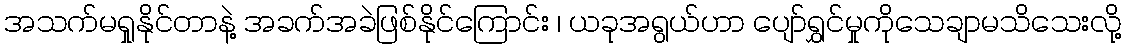
အသက်မရှုနိုင်တာနဲ့ အခက်အခဲဖြစ်နိုင်ကြောင်း ၊ ယခုအရွယ်ဟာ ပျော်ရွှင်မှုကိုသေချာမသိသေးလို့